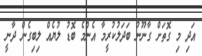
އަދި މި ގޮތަށް ގާނޫނު ބަދަލުކުރީމާ އެންމެ ބޮޑު ލުޔެއް ލިބިގެން ދާނީ